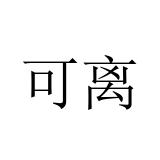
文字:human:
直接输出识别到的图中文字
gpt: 可离